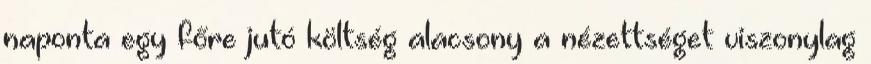
naponta egy főre jutó költség alacsony a nézettséget viszonylag